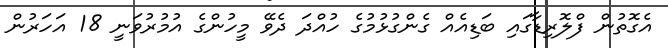
އެގޮތުން ފްލޮރިޑާގައި ބަޑިއެއް ގެންގުޅުމުގެ ހުއްދަ ދެވޭ މީހުންގެ އުމުރުވަނީ 18 އަހަރުން